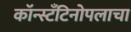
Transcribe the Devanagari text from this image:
कॉन्स्टँटिनोपलाचा